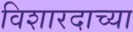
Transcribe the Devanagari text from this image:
विशारदाच्या